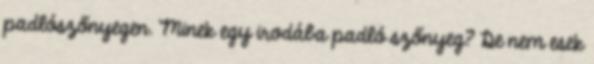
padlószőnyegen. Minek egy irodába padló szőnyeg? De nem esek